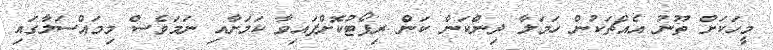
މީހަކަށް ތޫނު އެއްޗަކުން ހަމަލާ ދިންކަން ކަން ރިޕޯޓުކޮށްފައިވާ ކަމަށާއި ނަމަވެސް މިމައްސަލާގައި